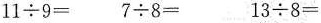
$$11\civ 9=$$ $$7\div 8=$$ $$13\div 8=$$